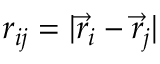
r _ { i j } = | \vec { r } _ { i } - \vec { r } _ { j } |